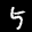
Label: 5